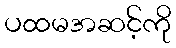
ပထမအဆင့်ကို